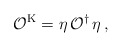
\begin{align*}\mathcal{O}^{\mathrm{K}}=\eta\, \mathcal{O}^{\dagger}\,\eta\, ,\end{align*}